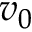
v _ { 0 }